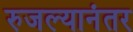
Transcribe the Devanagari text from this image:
रुजल्यानंतर